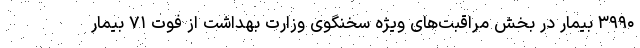
۳۹۹۰ بیمار در بخش مراقبت‌های ویژه سخنگوی وزارت بهداشت از فوت ۷۱ بیمار